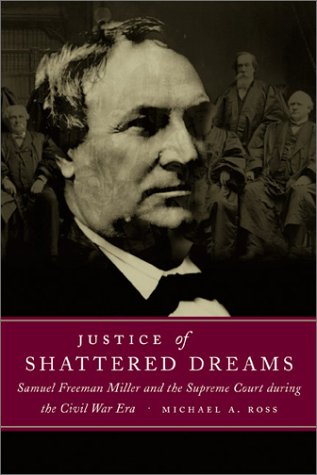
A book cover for Justice of Shattered Dreams: Samuel Freeman Miller and the Supreme Court during the Civil War Era (Conflicting Worlds: New Dimensions of the American Civil War); Michael A. Ross; Law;